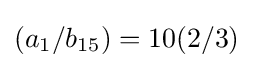
(a_{1}/b_{15})=10(2/3)